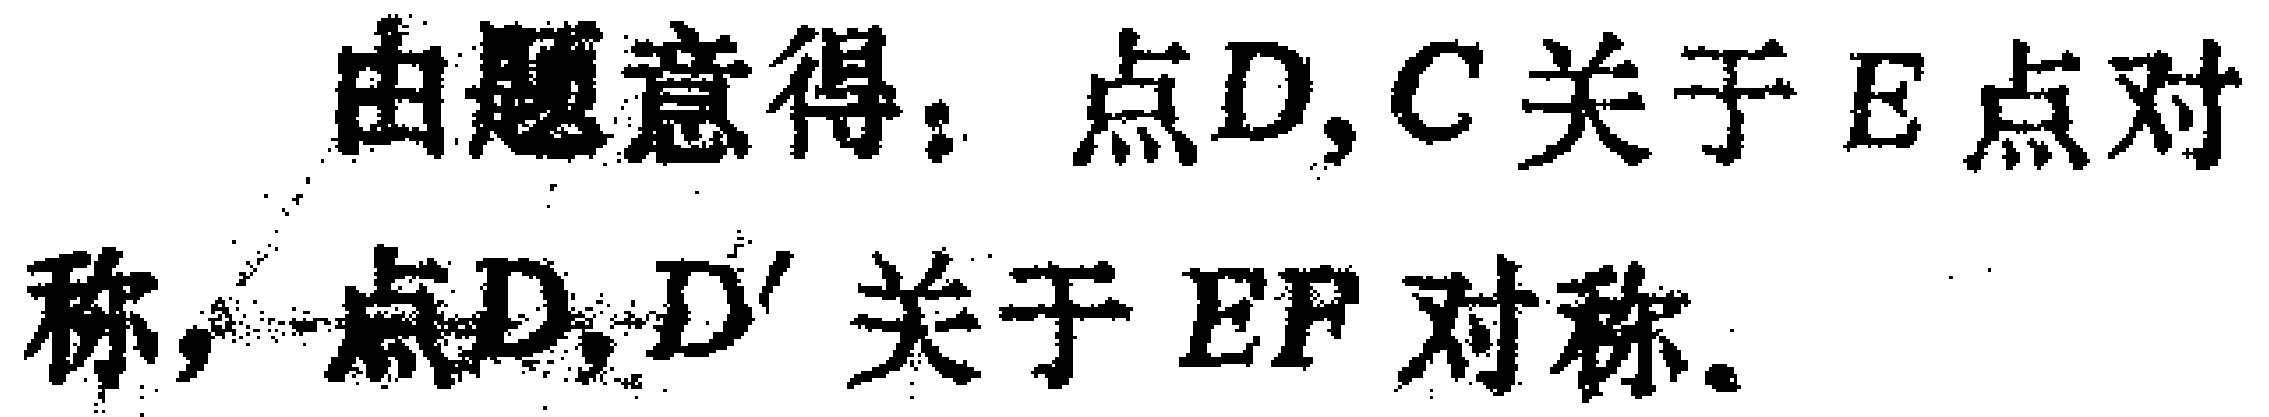
由题意得：点\(D,C\)关于\(E\)点对称，点\(D,D'\)关于\(EF\)对称。